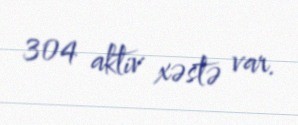
304 aktiv xəstə var.